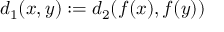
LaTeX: d _ { 1 } ( x , y ) : = d _ { 2 } ( f ( x ) , f ( y ) )